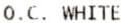
O.C. WHITE